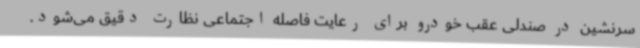
سرنشین در صندلی عقب خودرو برای رعایت فاصله اجتماعی نظارت دقیق می‌شود.